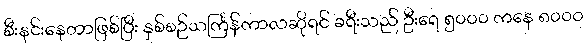
စီးနင်းနေတာဖြစ်ပြီး နှစ်စဉ်သင်္ကြန်ကာလဆိုရင် ခရီးသည် ဦးရေ ၅၀၀၀ ကနေ ၈၀၀၀